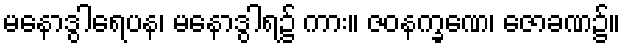
မနောဒွါရေပန၊ မနောဒွါရ၌ ကား။ ဇဝနက္ခဏေ၊ ဇောခဏ၌။